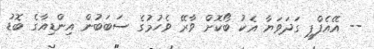
-- އޭއެފްޕީ ގަދަވަޔާ އެކު ބޯކޮށް ވާރޭ ވެހުމުގެ ސަބަބުން އިންޑިއާގެ ބޮޑު